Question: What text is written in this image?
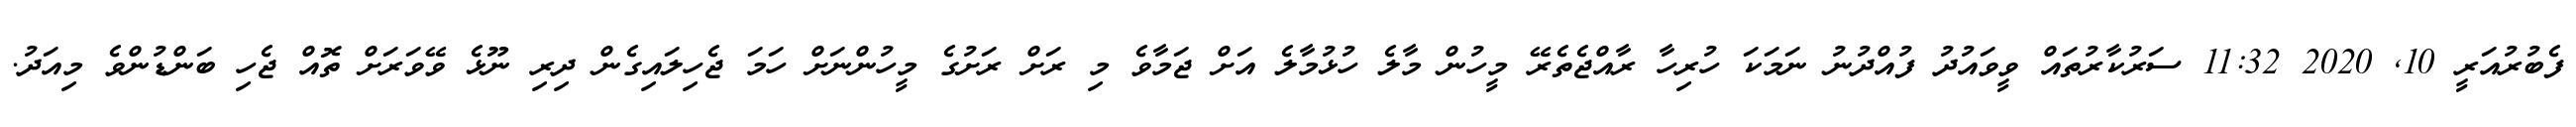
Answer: ފެބުރުއަރީ 10, 2020 11:32 ސަރުކާރުތައް ވީވައުދު ފުއްދުނު ނަމަކަ ހުރިހާ ރާއްޖެތެރޭ މީހުން މާލެ ހުޅުމާލެ އަށް ޖަމާވެ މި ރަށް ރަށުގެ މީހުންނަށް ހަމަ ޖެހިލައިގެން ދިރި ނޫޅެ ވޭވަރަށް ތޮއް ޖެހި ބަންޑުންވެ މިއަދު.